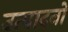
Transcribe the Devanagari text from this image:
उत्पादनो